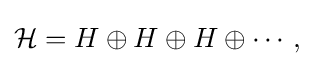
\displaystyle {{\mathcal {H}}=H\oplus H\oplus H\oplus \cdots ,}